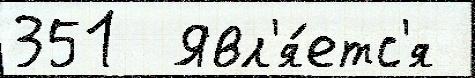
351  Явл'я́етс'я